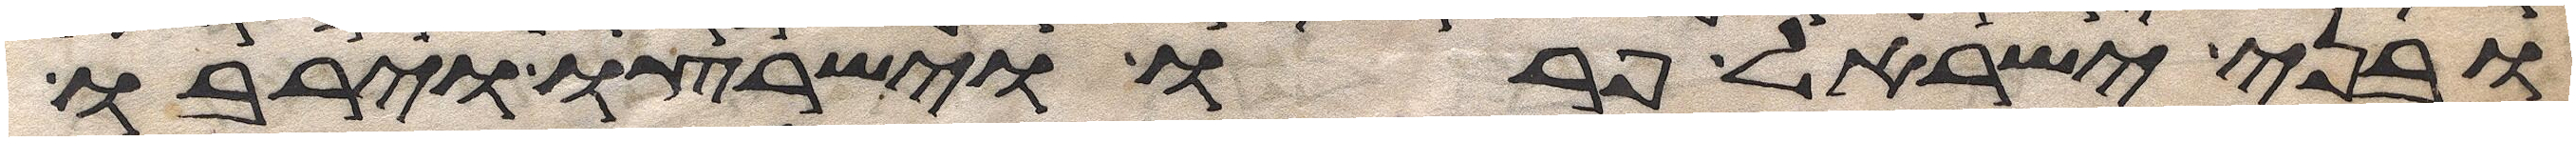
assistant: ובני ישראל פרו וישרצו וירבו